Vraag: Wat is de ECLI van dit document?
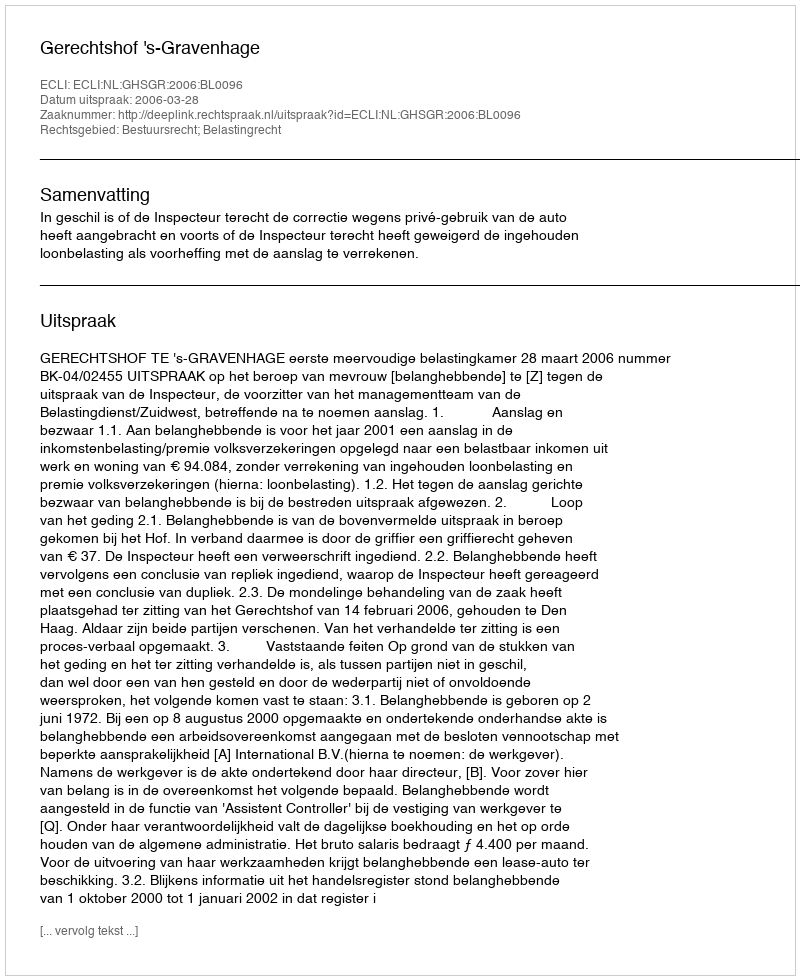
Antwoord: ECLI:NL:GHSGR:2006:BL0096